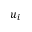
u _ { i }